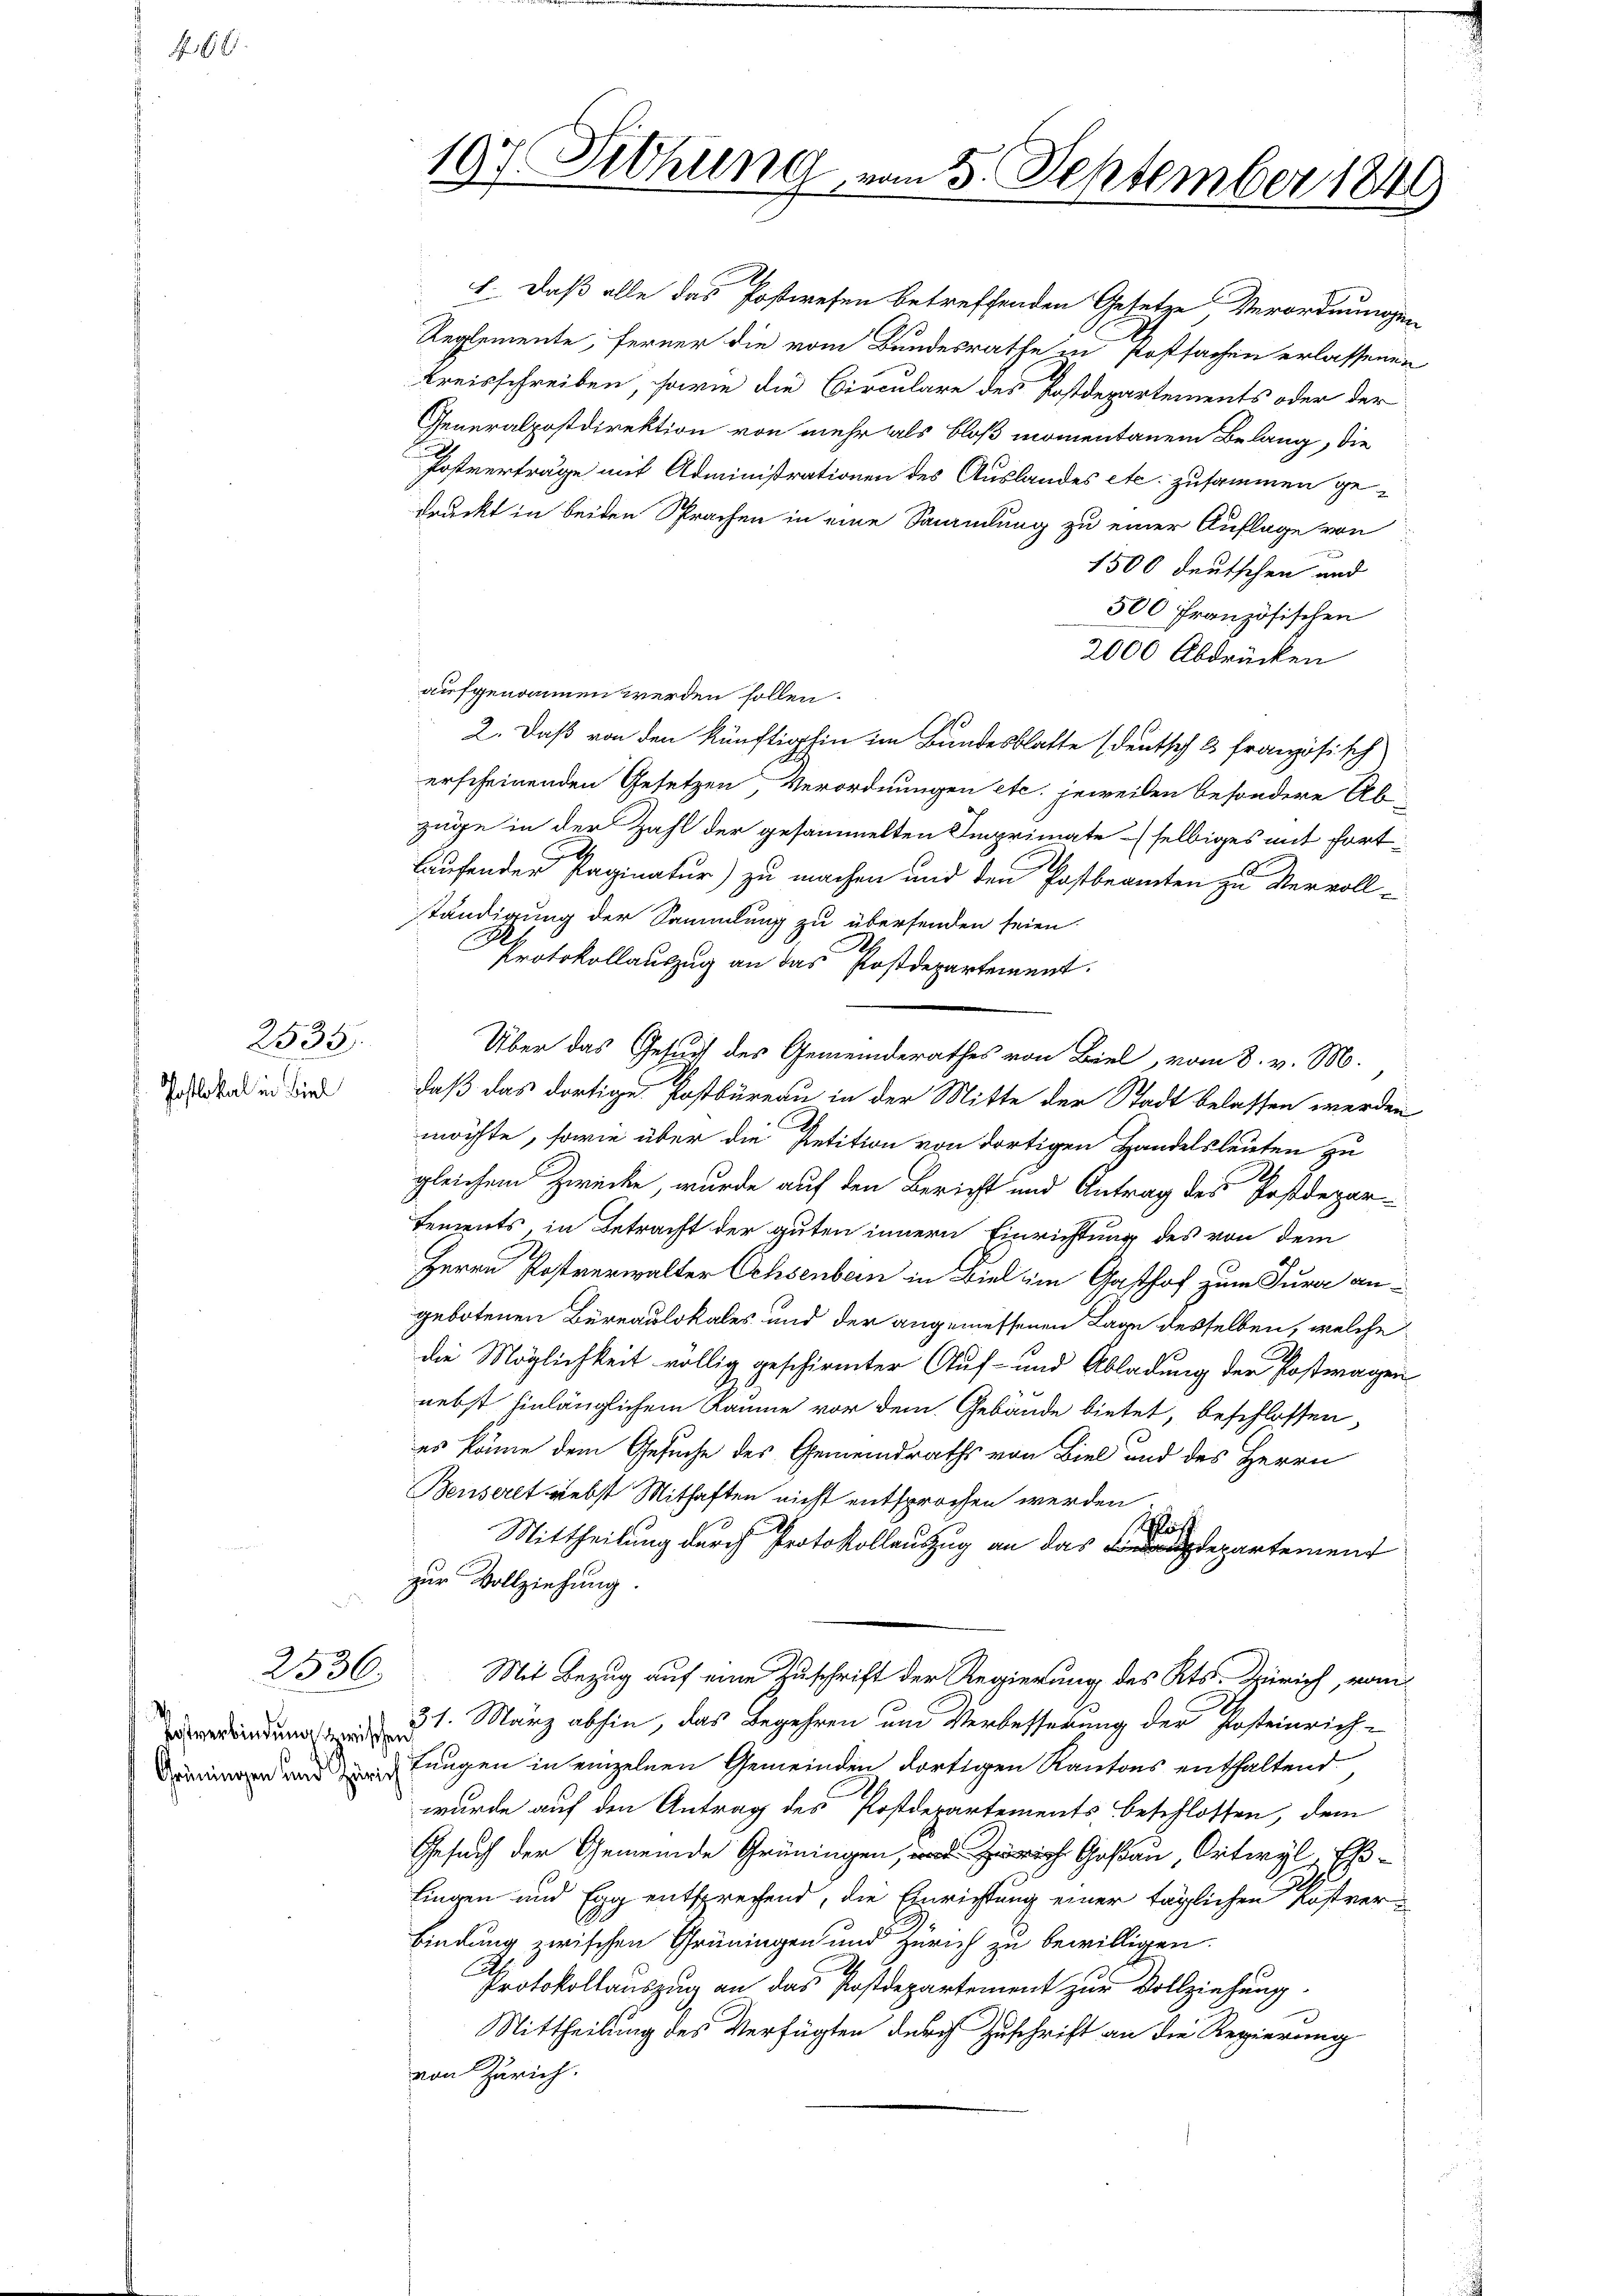
466.

2535.
Postlokal in Biel

E. Daß alle das Postwesen betreffenden Gesetze Verordnungen
Reglemente, ferner die vom Bundesrathe in Postsachen erlassenen
Kreisschreiben, sowie die Circulare des Postdepartements oder der
Generalpostdirektion von mehr als bloß momentanem Belang, die
Postverträge mit Administrationen des Auslandes etc. zusammen ge-
druckt in beiden Sprachen in eine Sammlung zu einer Auflage von
1500 deutschen und
500 Französischen
2000 Abdrücken
aufgenommen werden sollen.
2. Daß von den künftighin im Bundesblatte (deutsch 3 französisch
erscheinenden Gesetzen Verordnungen etc. jeweiben besondere Ab
züge in der Zahl der gesammelten Imprimate selbiges mit fortlaufender Paginatur) zu machen und den Postbeamten zu Vervoll-
ständigung der Sammlung zu übersenden seien.
C
Protokollauszug an das Postdepartement.
Über das Gesuch des Gemeinderathes von Biel, vom 8. v. M.
daß das dortige Postbureau in der Mitte der Stadt belassen werden
möchte, sowie über die Petition von dortigen Handelsleuten zu
d
gleichem Zwecke, wurde auf den Bericht und Antrag des Postdepar-
sements, in Betracht der guten innern Einrichtung des von dem
Herrn Postverwalter Ochsenbern in Biel im Gasthof zum Jura angebotenen Büreaulokales und der angemessenen Lage desselben, welche
die Möglichkeit völlig geschirmter Auf- und Abladung der Postwagen
nebst hinlänglichem Raume vor dem Gebäude bietet, beschlossen,
es könne dem Gesuche des Gemeindraths von Biel und des Herrn
Benseret nebst Mithaften nicht entsprochen werden
27
Schloß
Mittheilung durch Protokollauszug an das departement
zur Vollziehung.
2536. Mit Bezug auf eine Zuschrift der Regierung des Kts. Zürich, vom
verdingung 1. März abhin, das Begehren und Verbesserung der Posteinrichiningen und Lungen in einzelnen Gemeinden dortigen Kantons enthaltend
wurde auf den Antrag des Postdepartements beschlossen, dem
Gesuch der Gemeinde Grüningen, Goßau, Ortwyl, Eßlingen und Egg entsprechend, die Einrichtung einer täglichen Kostver¬
Bindung zwischen Grüningen und Zürich zu bewilligen.
Protokollauszug an das Postdepartement zur Vollziehung.
Mittheilung des Verfügten durch Zuschrift an die Regierung
von Zürich.

197. Diehung, vom 5. September 1849